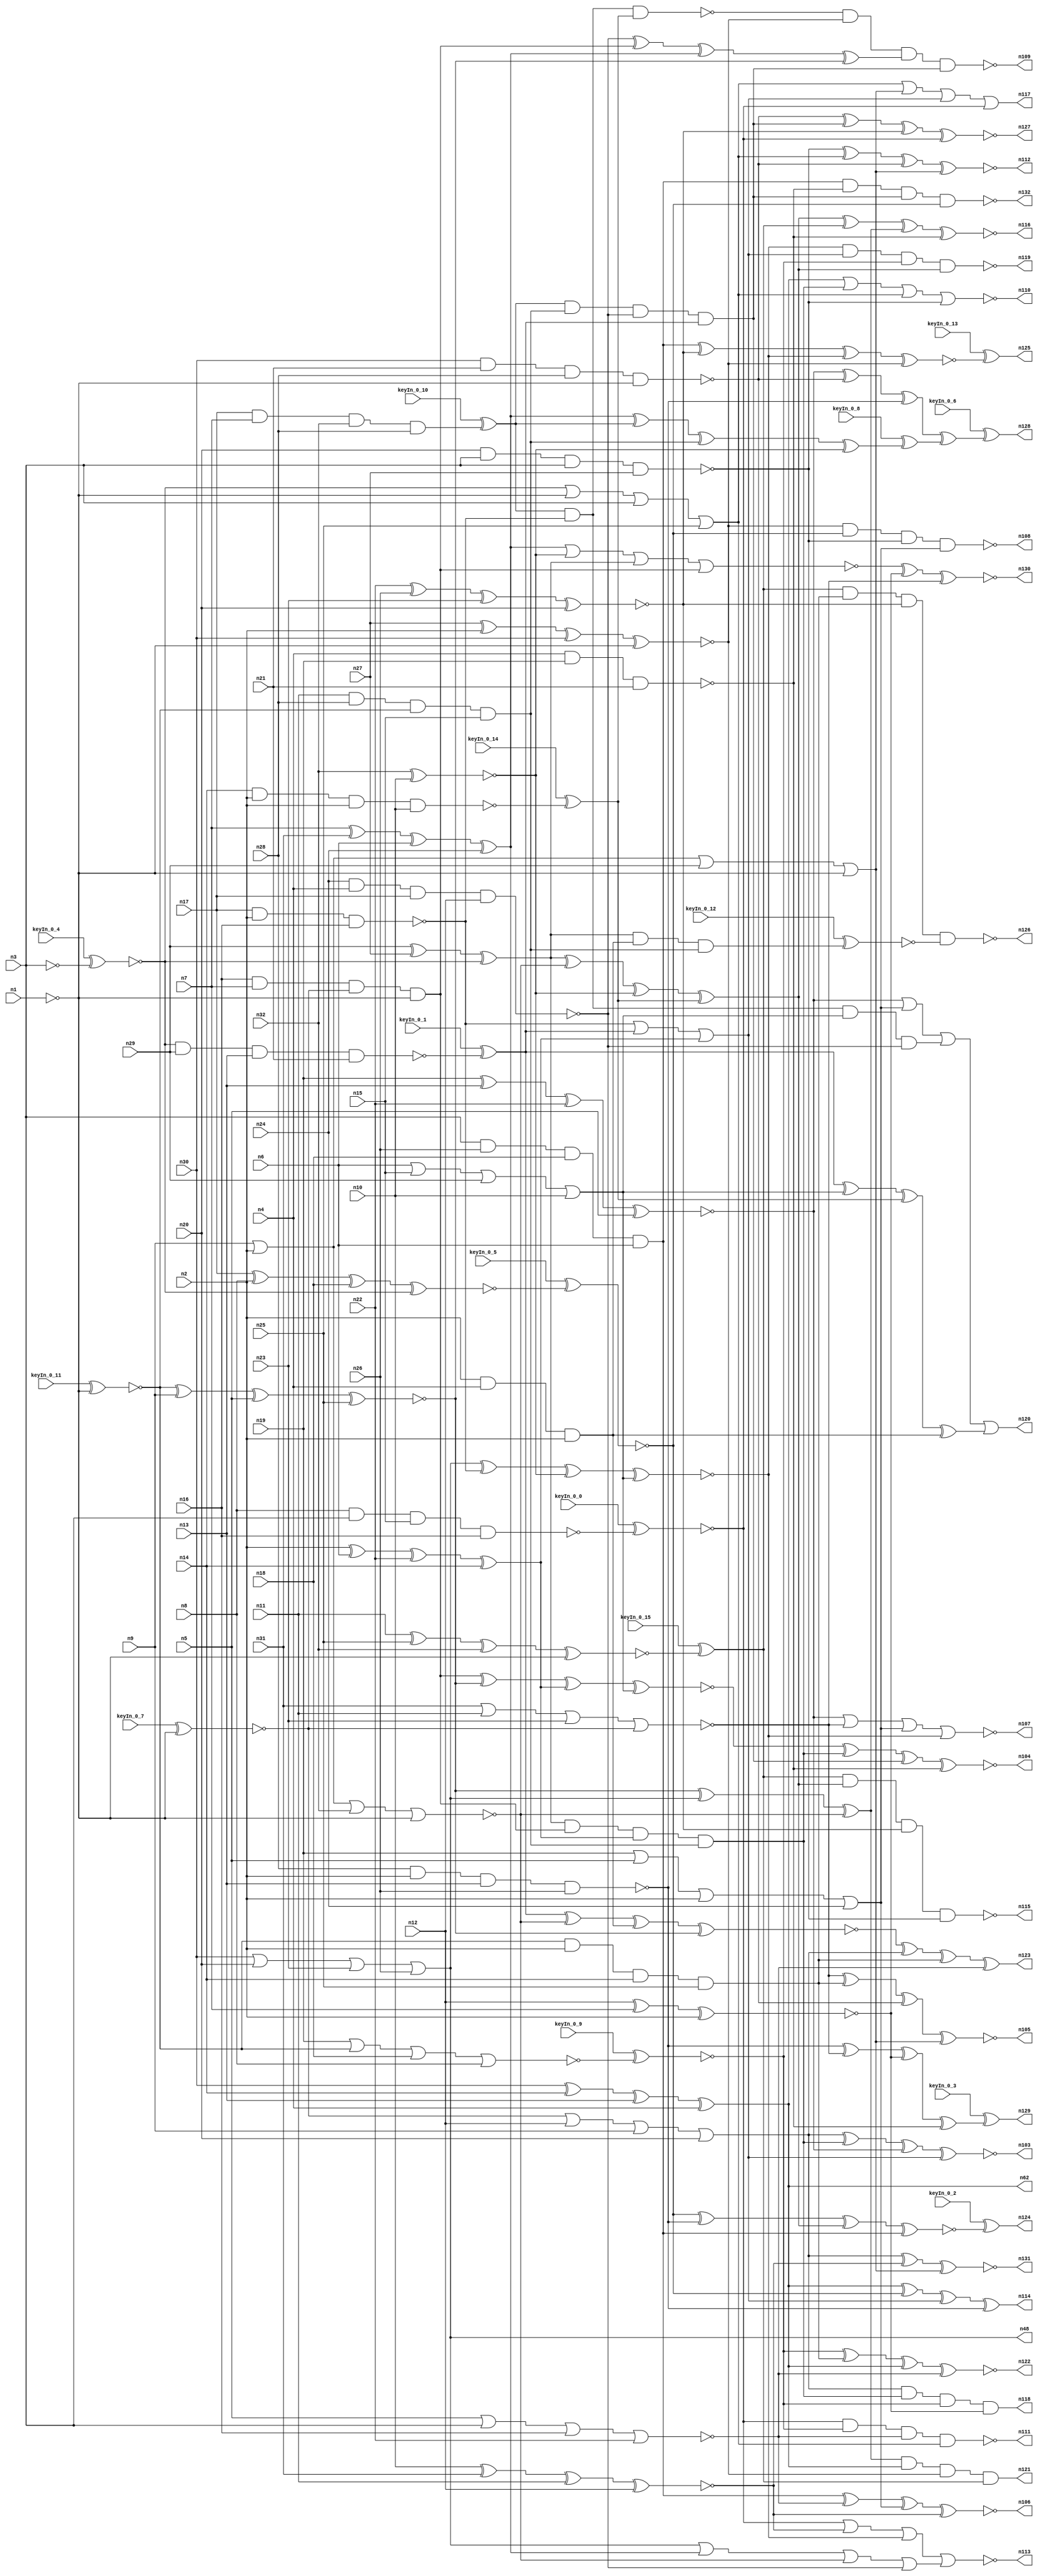


module Stat_100_52
(
  n1,
  n2,
  n3,
  n4,
  n5,
  n6,
  n7,
  n8,
  n9,
  n10,
  n11,
  n12,
  n13,
  n14,
  n15,
  n16,
  n17,
  n18,
  n19,
  n20,
  n21,
  n22,
  n23,
  n24,
  n25,
  n26,
  n27,
  n28,
  n29,
  n30,
  n31,
  n32,
  n62,
  n48,
  n126,
  n122,
  n129,
  n104,
  n113,
  n117,
  n123,
  n115,
  n110,
  n111,
  n116,
  n105,
  n112,
  n132,
  n118,
  n120,
  n125,
  n103,
  n128,
  n109,
  n127,
  n121,
  n107,
  n130,
  n106,
  n124,
  n114,
  n119,
  n131,
  n108,
  keyIn_0_0,
  keyIn_0_1,
  keyIn_0_2,
  keyIn_0_3,
  keyIn_0_4,
  keyIn_0_5,
  keyIn_0_6,
  keyIn_0_7,
  keyIn_0_8,
  keyIn_0_9,
  keyIn_0_10,
  keyIn_0_11,
  keyIn_0_12,
  keyIn_0_13,
  keyIn_0_14,
  keyIn_0_15
);

  input n1;
  input n2;
  input n3;
  input n4;
  input n5;
  input n6;
  input n7;
  input n8;
  input n9;
  input n10;
  input n11;
  input n12;
  input n13;
  input n14;
  input n15;
  input n16;
  input n17;
  input n18;
  input n19;
  input n20;
  input n21;
  input n22;
  input n23;
  input n24;
  input n25;
  input n26;
  input n27;
  input n28;
  input n29;
  input n30;
  input n31;
  input n32;
  input keyIn_0_0;
  input keyIn_0_1;
  input keyIn_0_2;
  input keyIn_0_3;
  input keyIn_0_4;
  input keyIn_0_5;
  input keyIn_0_6;
  input keyIn_0_7;
  input keyIn_0_8;
  input keyIn_0_9;
  input keyIn_0_10;
  input keyIn_0_11;
  input keyIn_0_12;
  input keyIn_0_13;
  input keyIn_0_14;
  input keyIn_0_15;
  output n62;
  output n48;
  output n126;
  output n122;
  output n129;
  output n104;
  output n113;
  output n117;
  output n123;
  output n115;
  output n110;
  output n111;
  output n116;
  output n105;
  output n112;
  output n132;
  output n118;
  output n120;
  output n125;
  output n103;
  output n128;
  output n109;
  output n127;
  output n121;
  output n107;
  output n130;
  output n106;
  output n124;
  output n114;
  output n119;
  output n131;
  output n108;
  wire n33;
  wire n34;
  wire n35;
  wire n36;
  wire n37;
  wire n38;
  wire n39;
  wire n40;
  wire n41;
  wire n42;
  wire n43;
  wire n44;
  wire n45;
  wire n46;
  wire n47;
  wire n49;
  wire n50;
  wire n51;
  wire n52;
  wire n53;
  wire n54;
  wire n55;
  wire n56;
  wire n57;
  wire n58;
  wire n59;
  wire n60;
  wire n61;
  wire n63;
  wire n64;
  wire n65;
  wire n66;
  wire n67;
  wire n68;
  wire n69;
  wire n70;
  wire n71;
  wire n72;
  wire n73;
  wire n74;
  wire n75;
  wire n76;
  wire n77;
  wire n78;
  wire n79;
  wire n80;
  wire n81;
  wire n82;
  wire n83;
  wire n84;
  wire n85;
  wire n86;
  wire n87;
  wire n88;
  wire n89;
  wire n90;
  wire n91;
  wire n92;
  wire n93;
  wire n94;
  wire n95;
  wire n96;
  wire n97;
  wire n98;
  wire n99;
  wire n100;
  wire n101;
  wire n102;
  wire KeyWire_0_0;
  wire KeyNOTWire_0_0;
  wire KeyWire_0_1;
  wire KeyNOTWire_0_1;
  wire KeyWire_0_2;
  wire KeyWire_0_3;
  wire KeyNOTWire_0_3;
  wire KeyWire_0_4;
  wire KeyNOTWire_0_4;
  wire KeyWire_0_5;
  wire KeyWire_0_6;
  wire KeyNOTWire_0_6;
  wire KeyWire_0_7;
  wire KeyNOTWire_0_7;
  wire KeyWire_0_8;
  wire KeyWire_0_9;
  wire KeyWire_0_10;
  wire KeyWire_0_11;
  wire KeyWire_0_12;
  wire KeyWire_0_13;
  wire KeyWire_0_14;
  wire KeyWire_0_15;
  wire KeyNOTWire_0_15;

  buf
  g0
  (
    n41,
    n2
  );


  buf
  g1
  (
    n37,
    n2
  );


  not
  g2
  (
    KeyWire_0_4,
    n3
  );


  not
  g3
  (
    n35,
    n1
  );


  buf
  g4
  (
    n39,
    n2
  );


  not
  g5
  (
    n34,
    n1
  );


  not
  g6
  (
    KeyWire_0_11,
    n1
  );


  buf
  g7
  (
    n40,
    n2
  );


  not
  g8
  (
    KeyWire_0_7,
    n1
  );


  buf
  g9
  (
    n33,
    n3
  );


  xnor
  g10
  (
    n56,
    n32,
    n10
  );


  and
  g11
  (
    n63,
    n36,
    n39,
    n14,
    n25
  );


  and
  g12
  (
    KeyWire_0_10,
    n17,
    n7,
    n32,
    n28
  );


  xor
  g13
  (
    n62,
    n30,
    n14,
    n13,
    n4
  );


  xor
  g14
  (
    n44,
    n18,
    n8,
    n31,
    n42
  );


  xnor
  g15
  (
    n66,
    n22,
    n26,
    n23,
    n20
  );


  nor
  g16
  (
    n73,
    n5,
    n33,
    n16,
    n22
  );


  xnor
  g17
  (
    n76,
    n10,
    n31,
    n11,
    n12
  );


  xnor
  g18
  (
    KeyWire_0_15,
    n11,
    n25,
    n32,
    n35
  );


  or
  g19
  (
    n57,
    n6,
    n15,
    n29,
    n10
  );


  and
  g20
  (
    n52,
    n11,
    n28,
    n36,
    n15
  );


  nand
  g21
  (
    n61,
    n4,
    n19,
    n21
  );


  nor
  g22
  (
    n67,
    n31,
    n11,
    n23,
    n42
  );


  or
  g23
  (
    n71,
    n38,
    n35,
    n3,
    n25
  );


  and
  g24
  (
    n43,
    n23,
    n24,
    n15,
    n34
  );


  nand
  g25
  (
    n79,
    n30,
    n21,
    n28,
    n34
  );


  xor
  g26
  (
    n55,
    n39,
    n6,
    n22,
    n14
  );


  and
  g27
  (
    n72,
    n33,
    n26,
    n18,
    n6
  );


  or
  g28
  (
    n48,
    n30,
    n20,
    n23,
    n26
  );


  or
  g29
  (
    n68,
    n42,
    n12,
    n9,
    n20
  );


  nor
  g30
  (
    KeyWire_0_9,
    n19,
    n36,
    n18,
    n8
  );


  xnor
  g31
  (
    KeyWire_0_5,
    n17,
    n8,
    n18,
    n38
  );


  xnor
  g32
  (
    n74,
    n19,
    n13,
    n22,
    n5
  );


  nand
  g33
  (
    n45,
    n17,
    n40,
    n16
  );


  nand
  g34
  (
    n70,
    n28,
    n39,
    n13,
    n26
  );


  xor
  g35
  (
    n58,
    n7,
    n31,
    n6,
    n24
  );


  nand
  g36
  (
    n69,
    n20,
    n33,
    n3,
    n27
  );


  or
  g37
  (
    n75,
    n19,
    n5,
    n41,
    n24
  );


  and
  g38
  (
    n60,
    n37,
    n39,
    n4,
    n41
  );


  and
  g39
  (
    n53,
    n16,
    n7,
    n42,
    n35
  );


  nor
  g40
  (
    n51,
    n9,
    n37,
    n32,
    n34
  );


  or
  g41
  (
    n65,
    n37,
    n9,
    n29,
    n35
  );


  and
  g42
  (
    n47,
    n24,
    n4,
    n17,
    n12
  );


  nand
  g43
  (
    KeyWire_0_0,
    n8,
    n33,
    n15,
    n16
  );


  xor
  g44
  (
    n50,
    n29,
    n27,
    n38
  );


  xnor
  g45
  (
    n54,
    n36,
    n9,
    n5,
    n25
  );


  nand
  g46
  (
    KeyWire_0_14,
    n14,
    n37,
    n40,
    n10
  );


  xnor
  g47
  (
    n77,
    n27,
    n40,
    n30,
    n34
  );


  nand
  g48
  (
    KeyWire_0_1,
    n38,
    n29,
    n13,
    n21
  );


  xnor
  g49
  (
    n64,
    n12,
    n7,
    n41
  );


  buf
  g50
  (
    n85,
    n45
  );


  buf
  g51
  (
    n86,
    n46
  );


  not
  g52
  (
    n83,
    n47
  );


  buf
  g53
  (
    n84,
    n48
  );


  nor
  g54
  (
    n92,
    n58,
    n56,
    n50,
    n53
  );


  and
  g55
  (
    KeyWire_0_12,
    n50,
    n60,
    n52
  );


  or
  g56
  (
    n90,
    n84,
    n58,
    n51,
    n83
  );


  and
  g57
  (
    n100,
    n50,
    n53,
    n55,
    n52
  );


  or
  g58
  (
    n99,
    n85,
    n59,
    n55
  );


  xor
  g59
  (
    KeyWire_0_8,
    n58,
    n86,
    n52,
    n56
  );


  xnor
  g60
  (
    n95,
    n59,
    n51,
    n60,
    n54
  );


  xnor
  g61
  (
    n93,
    n53,
    n54,
    n55,
    n57
  );


  and
  g62
  (
    n102,
    n86,
    n52,
    n83,
    n59
  );


  xnor
  g63
  (
    n98,
    n84,
    n85,
    n56,
    n57
  );


  xor
  g64
  (
    n97,
    n54,
    n84,
    n51
  );


  xor
  g65
  (
    n89,
    n83,
    n53,
    n58,
    n54
  );


  nand
  g66
  (
    n94,
    n86,
    n85,
    n49
  );


  xor
  g67
  (
    n87,
    n59,
    n57,
    n49,
    n60
  );


  xor
  g68
  (
    n101,
    n50,
    n51,
    n56,
    n49
  );


  and
  g69
  (
    n91,
    n86,
    n85,
    n57,
    n83
  );


  nand
  g70
  (
    n126,
    n81,
    n63,
    n66,
    n96
  );


  nand
  g71
  (
    n115,
    n81,
    n101,
    n66,
    n69
  );


  nor
  g72
  (
    n110,
    n62,
    n100,
    n71,
    n69
  );


  xnor
  g73
  (
    n103,
    n68,
    n100,
    n74,
    n99
  );


  nand
  g74
  (
    n119,
    n98,
    n99,
    n82,
    n101
  );


  nand
  g75
  (
    n132,
    n72,
    n61,
    n102,
    n78
  );


  and
  g76
  (
    n118,
    n68,
    n100,
    n82,
    n64
  );


  nor
  g77
  (
    n107,
    n74,
    n67,
    n75,
    n98
  );


  or
  g78
  (
    n117,
    n71,
    n65,
    n99,
    n80
  );


  or
  g79
  (
    n120,
    n74,
    n75,
    n91,
    n87
  );


  xor
  g80
  (
    n123,
    n95,
    n68,
    n63,
    n73
  );


  nand
  g81
  (
    n109,
    n94,
    n77,
    n89,
    n102
  );


  xnor
  g82
  (
    n112,
    n69,
    n71,
    n79,
    n65
  );


  xnor
  g83
  (
    n104,
    n93,
    n100,
    n102,
    n61
  );


  nor
  g84
  (
    n113,
    n80,
    n76,
    n98,
    n90
  );


  xnor
  g85
  (
    n131,
    n68,
    n76,
    n65
  );


  xnor
  g86
  (
    KeyWire_0_13,
    n72,
    n66,
    n98,
    n77
  );


  nand
  g87
  (
    n111,
    n80,
    n82,
    n73,
    n71
  );


  xor
  g88
  (
    KeyWire_0_6,
    n74,
    n79,
    n70,
    n88
  );


  xnor
  g89
  (
    n106,
    n72,
    n73,
    n75,
    n76
  );


  xnor
  g90
  (
    KeyWire_0_2,
    n78,
    n70,
    n101,
    n72
  );


  xnor
  g91
  (
    n130,
    n92,
    n64,
    n67
  );


  xnor
  g92
  (
    n105,
    n67,
    n63,
    n79,
    n65
  );


  xor
  g93
  (
    n114,
    n62,
    n78,
    n99,
    n70
  );


  xnor
  g94
  (
    n122,
    n82,
    n63,
    n62,
    n73
  );


  and
  g95
  (
    n121,
    n97,
    n62,
    n77,
    n81
  );


  xnor
  g96
  (
    n127,
    n79,
    n102,
    n66,
    n80
  );


  xnor
  g97
  (
    n116,
    n101,
    n81,
    n97,
    n61
  );


  xor
  g98
  (
    KeyWire_0_3,
    n70,
    n67,
    n64,
    n61
  );


  nand
  g99
  (
    n108,
    n77,
    n78,
    n69,
    n75
  );


  xor
  KeyGate_0_0
  (
    KeyNOTWire_0_0,
    keyIn_0_0,
    KeyWire_0_0
  );


  not
  KeyNOTGate_0_0
  (
    n80,
    KeyNOTWire_0_0
  );


  xnor
  KeyGate_0_1
  (
    KeyNOTWire_0_1,
    keyIn_0_1,
    KeyWire_0_1
  );


  not
  KeyNOTGate_0_1
  (
    n59,
    KeyNOTWire_0_1
  );


  xor
  KeyGate_0_2
  (
    n124,
    keyIn_0_2,
    KeyWire_0_2
  );


  xnor
  KeyGate_0_3
  (
    KeyNOTWire_0_3,
    keyIn_0_3,
    KeyWire_0_3
  );


  not
  KeyNOTGate_0_3
  (
    n129,
    KeyNOTWire_0_3
  );


  xor
  KeyGate_0_4
  (
    KeyNOTWire_0_4,
    keyIn_0_4,
    KeyWire_0_4
  );


  not
  KeyNOTGate_0_4
  (
    n38,
    KeyNOTWire_0_4
  );


  xnor
  KeyGate_0_5
  (
    n78,
    keyIn_0_5,
    KeyWire_0_5
  );


  xnor
  KeyGate_0_6
  (
    KeyNOTWire_0_6,
    keyIn_0_6,
    KeyWire_0_6
  );


  not
  KeyNOTGate_0_6
  (
    n128,
    KeyNOTWire_0_6
  );


  xor
  KeyGate_0_7
  (
    KeyNOTWire_0_7,
    keyIn_0_7,
    KeyWire_0_7
  );


  not
  KeyNOTGate_0_7
  (
    n42,
    KeyNOTWire_0_7
  );


  xor
  KeyGate_0_8
  (
    n88,
    keyIn_0_8,
    KeyWire_0_8
  );


  xnor
  KeyGate_0_9
  (
    n82,
    keyIn_0_9,
    KeyWire_0_9
  );


  xor
  KeyGate_0_10
  (
    n46,
    keyIn_0_10,
    KeyWire_0_10
  );


  xnor
  KeyGate_0_11
  (
    n36,
    keyIn_0_11,
    KeyWire_0_11
  );


  xnor
  KeyGate_0_12
  (
    n96,
    keyIn_0_12,
    KeyWire_0_12
  );


  xor
  KeyGate_0_13
  (
    n125,
    keyIn_0_13,
    KeyWire_0_13
  );


  xor
  KeyGate_0_14
  (
    n49,
    keyIn_0_14,
    KeyWire_0_14
  );


  xnor
  KeyGate_0_15
  (
    KeyNOTWire_0_15,
    keyIn_0_15,
    KeyWire_0_15
  );


  not
  KeyNOTGate_0_15
  (
    n81,
    KeyNOTWire_0_15
  );


endmodule